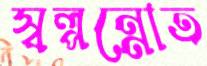
স্বল্পন্নোত